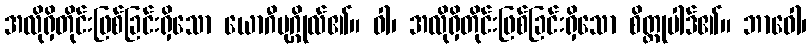
အလိုရှိတိုင်းဖြစ်ခြင်းရှိသော ယောဂီပုဂ္ဂိုလ်၏။ ဝါ၊ အလိုရှိတိုင်းဖြစ်ခြင်းရှိသော စိတ္တုပါဒ်၏။ ဘာဝေါ၊